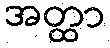
အတ္ထာ